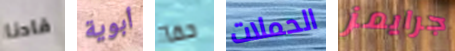
قادنا أبوية حقآ الحملات جرايمز